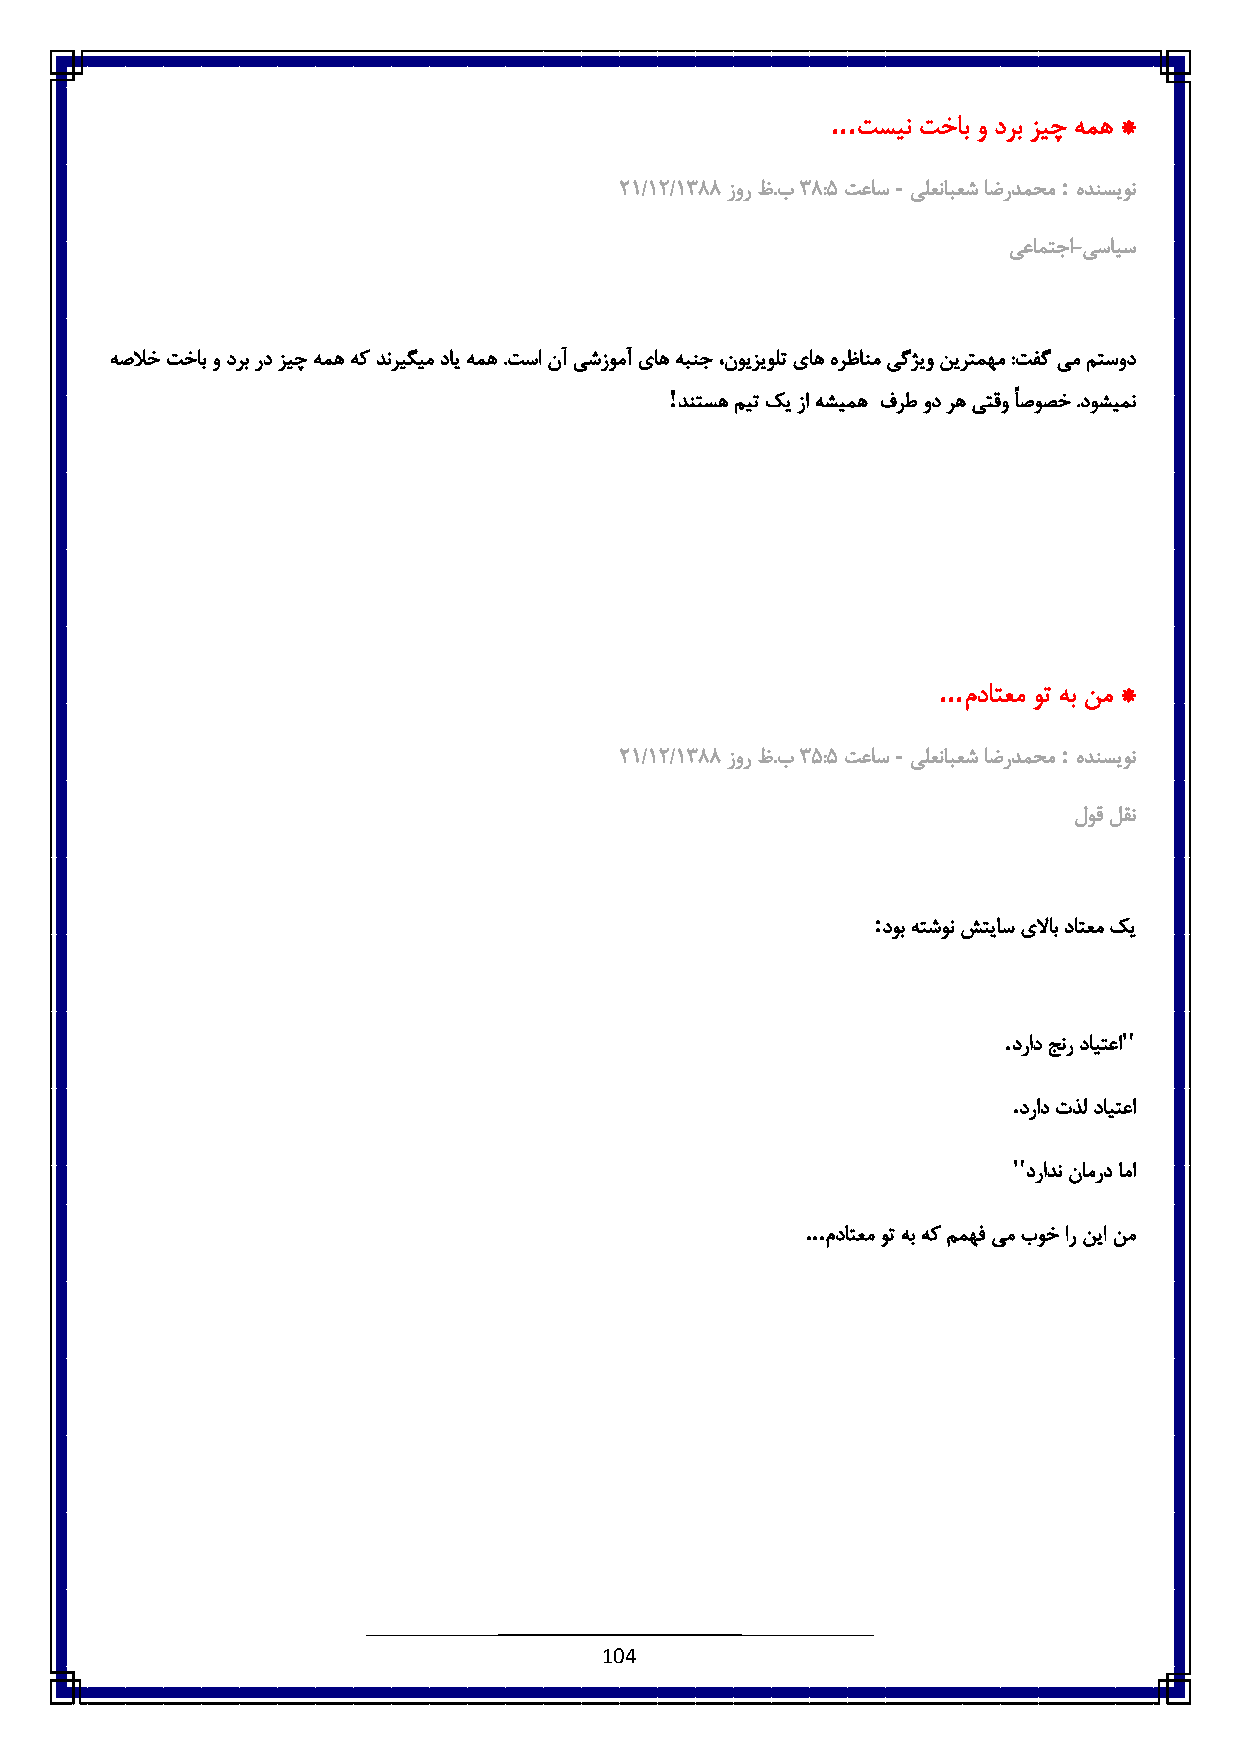
...
 تسین تخاب و درب زیچ همه *
 -          :
 :6/6:/6833 زور ظ.ب8 3:٠ تعاس یلعنابعش اضردمحم هدنسیون
 یعامتجا-یسایس
 هصلاخ تخاب و درب رد زیچ همه هک دنریگیم دای همه .تسا نآ یشزومآ یاه هبنج ،نویزیولت یاه هرظانم یگژیو نیرتمهم :تفگ یم متسود
 !
 دنتسه میت کی زا هشیمه فرط ود ره یتقو ًاصوصخ .دوشیمن
 ...
 مداتعم وت هب نم *
 -          :
 :6/6:/6833 زور ظ.ب8 ٠:٠ تعاس یلعنابعش اضردمحم هدنسیون
 لوق لقن
 :
 دوب هتشون شتیاس یلااب داتعم کی
 .      "
 دراد جنر دایتعا
 .
 دراد تذل دایتعا
 "
 درادن نامرد اما
 ...
 مداتعم وت هب هک ممهف یم بوخ ار نیا نم
 104